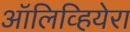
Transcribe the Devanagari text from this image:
ऑलिव्हियेरा